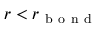
r < r _ { \mathrm { ~ b ~ o ~ n ~ d ~ } }